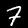
Label: 7